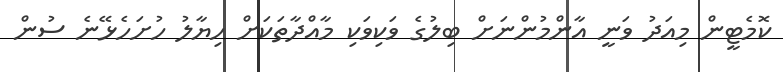
ކޮމެޓީން މިއަދު ވަނީ އާންމުންނަށް ބިލުގެ ވަކިވަކި މާއްދާތަކަށް ހިޔާލު ހުށަހެޅޭނެ ސުން